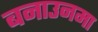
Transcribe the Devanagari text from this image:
बनाउनमा